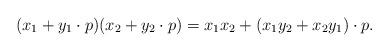
LaTeX: \begin{align*}(x_1+y_1\cdot p)(x_2+y_2\cdot p)=x_1x_2+(x_1y_2+x_2y_1)\cdot p.\end{align*}